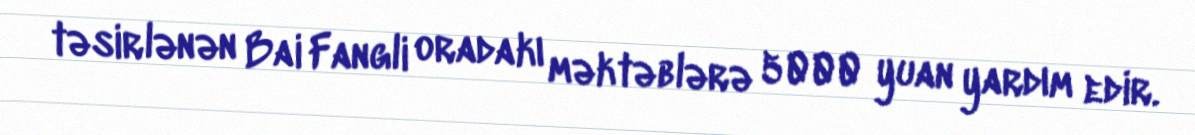
təsirlənən Bai Fangli oradakı məktəblərə 5000 yuan yardım edir.